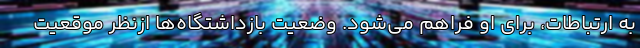
به ارتباطات، برای او فراهم می‌شود. وضعیت بازداشتگاه‌ها ازنظر موقعیت